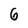
Character: 6